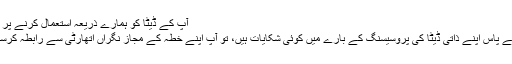
آپ کے ڈیٹا کو ہمارے ذریعہ استعمال کرنے پر تشویشات
اگر آپ کے پاس اپنے ذاتی ڈیٹا کی پروسیسنگ کے بارے میں کوئی شکایات ہیں، تو آپ اپنے خطہ کے مجاز نگراں اتھارٹی سے رابطہ کرسکتے ہیں۔